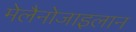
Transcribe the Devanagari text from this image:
मेलैनोजाइलान